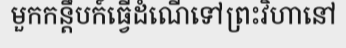
មួកកន្តឹបក៍ធ្វើដំណើទៅព្រះវិហានៅ